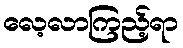
လေ့လာကြည့်ရာ